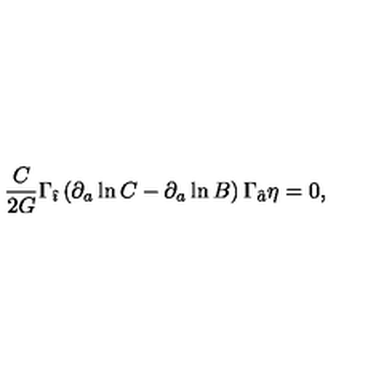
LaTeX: { \frac { C } { 2 G } } \Gamma _ { \hat { \imath } } \left( \partial _ { a } \ln C - \partial _ { a } \ln B \right) \Gamma _ { \hat { a } } \eta = 0 ,